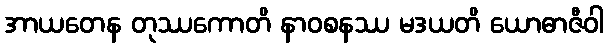
အာယတေန တုဿကောတိ နာဝစနဿ မဒယတိ ယောဓာဇီဝါ